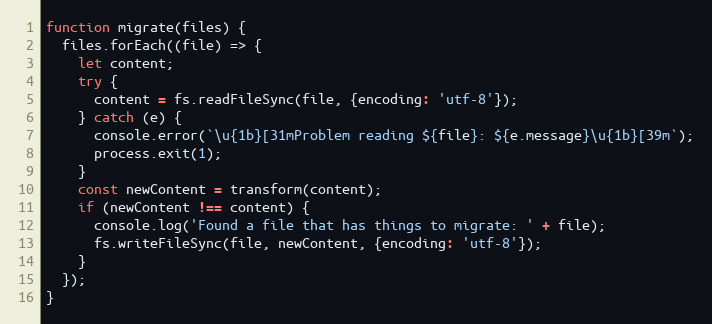
Language: JavaScript
function migrate(files) {
  files.forEach((file) => {
    let content;
    try {
      content = fs.readFileSync(file, {encoding: 'utf-8'});
    } catch (e) {
      console.error(`\u{1b}[31mProblem reading ${file}: ${e.message}\u{1b}[39m`);
      process.exit(1);
    }
    const newContent = transform(content);
    if (newContent !== content) {
      console.log('Found a file that has things to migrate: ' + file);
      fs.writeFileSync(file, newContent, {encoding: 'utf-8'});
    }
  });
}